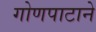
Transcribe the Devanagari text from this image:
गोणपाटाने